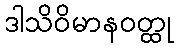
ဒါသိဝိမာနဝတ္ထု